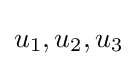
u_{1},u_{2},u_{3}